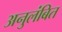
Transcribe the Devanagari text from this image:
अनुलंबित